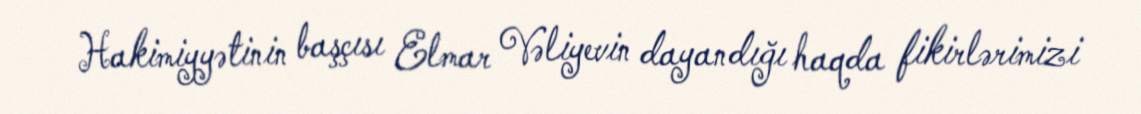
Hakimiyyətinin başçısı Elmar Vəliyevin dayandığı haqda fikirlərimizi